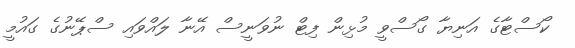
ކޯސްޓާގެ އަނިޔާ ގޯސްވީ މުޅިން ފިޓް ނުވަނީސް އޭނާ ލައްވައި ސްޕޭނުގެ ގައުމީ